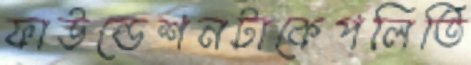
ফাউন্ডেশনটাকেপলিতি